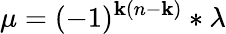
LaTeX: \mu=(-1)^{\mathbf{k}(n-\mathbf{k})}\ast\lambda